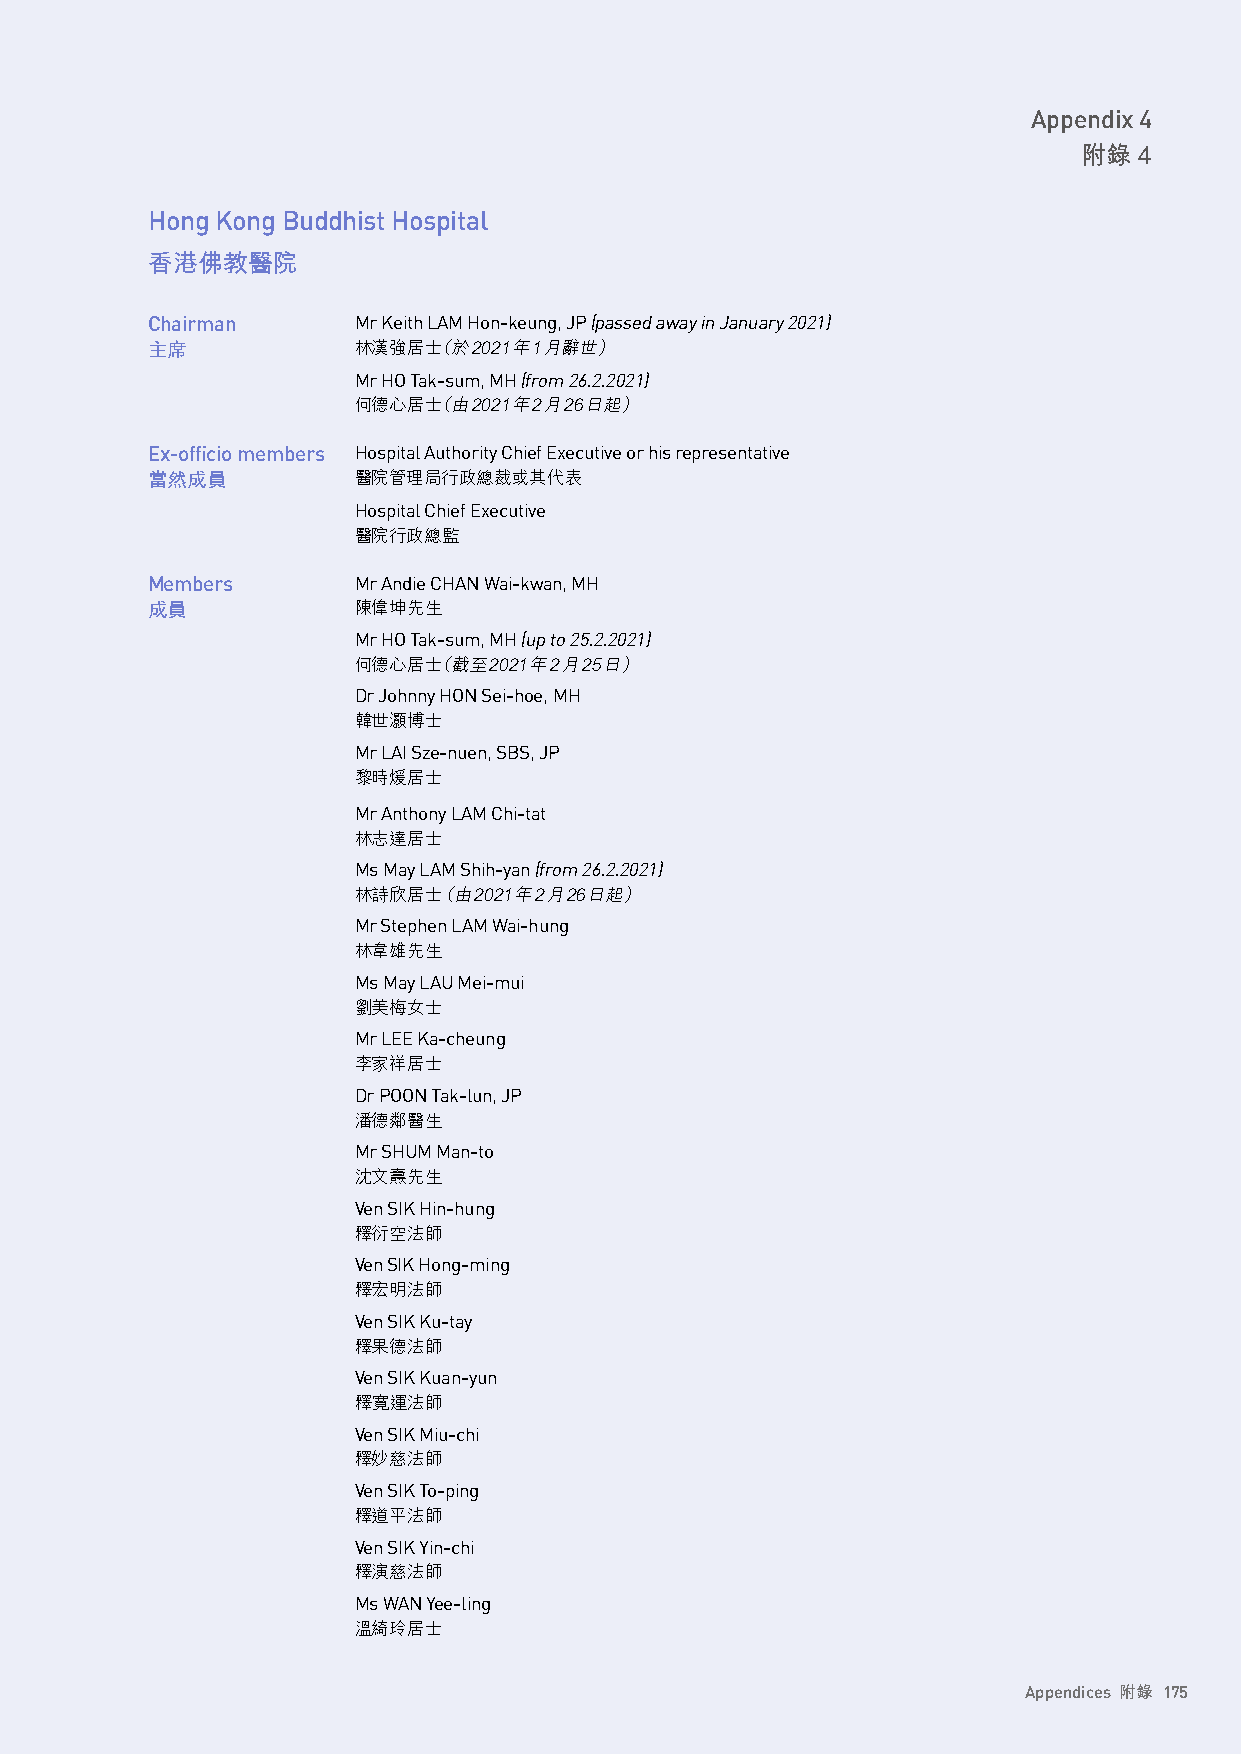
Appendix 4
 附錄 4
 Hong Kong Buddhist Hospital
 香港佛教醫院
 Chairman     Mr Keith LAM Hon-keung, JP (passed away in January 2021)
 主席           林漢強居士（於2021年1月辭世）
 Mr HO Tak-sum, MH (from 26.2.2021)
 何德心居士（由2021年2月26日起）
 Ex-officio members Hospital Authority Chief Executive or his representative
 當然成員         醫院管理局行政總裁或其代表
 Hospital Chief Executive
 醫院行政總監
 Members      Mr Andie CHAN Wai-kwan, MH
 成員           陳偉坤先生
 Mr HO Tak-sum, MH (up to 25.2.2021)
 何德心居士（截至2021年2月25日）
 Dr Johnny HON Sei-hoe, MH
 韓世灝博士
 Mr LAI Sze-nuen, SBS, JP
 黎時煖居士
 Mr Anthony LAM Chi-tat
 林志達居士
 Ms May LAM Shih-yan (from 26.2.2021)
 林詩欣居士（ 由2021年2月26日起）
 Mr Stephen LAM Wai-hung
 林韋雄先生
 Ms May LAU Mei-mui
 劉美梅女士
 Mr LEE Ka-cheung
 李家祥居士
 Dr POON Tak-lun, JP
 潘德鄰醫生
 Mr SHUM Man-to
 沈文燾先生
 Ven SIK Hin-hung
 釋衍空法師
 Ven SIK Hong-ming
 釋宏明法師
 Ven SIK Ku-tay
 釋果德法師
 Ven SIK Kuan-yun
 釋寛運法師
 Ven SIK Miu-chi
 釋妙慈法師
 Ven SIK To-ping
 釋道平法師
 Ven SIK Yin-chi
 釋演慈法師
 Ms WAN Yee-ling
 溫綺玲居士
 Appendices 附錄 175